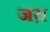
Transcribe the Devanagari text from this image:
जय़